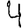
Digit: 4